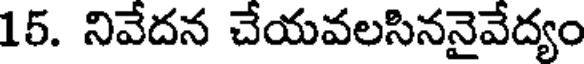
15. నివేదన చేయవలసిననైవేద్యం